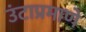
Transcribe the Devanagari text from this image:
उंटाप्रमाणे